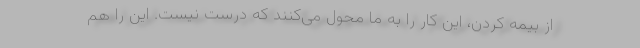
از بیمه کردن، این کار را به ما محول می‌کنند که درست نیست. این را هم